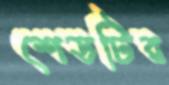
শেডটির